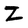
Character: Z